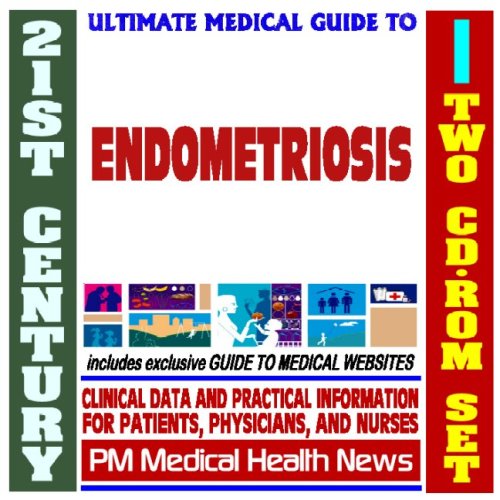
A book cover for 21st Century Ultimate Medical Guide to Endometriosis - Authoritative, Practical Clinical Information for Physicians and Patients, Treatment Options (Two CD-ROM Set); PM Medical Health News; Health, Fitness & Dieting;